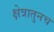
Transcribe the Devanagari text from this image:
क्षेत्रातुनच